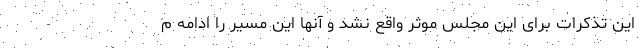
این تذکرات برای این مجلس موثر واقع نشد و آنها این مسیر را ادامه م